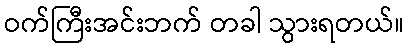
ဝက်ကြီးအင်းဘက် တခါ သွားရတယ်။